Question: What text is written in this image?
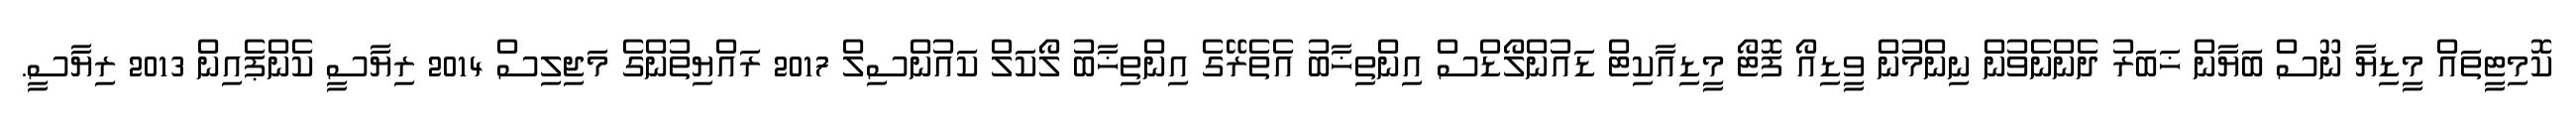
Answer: ކޮމިޓީތައް މީޑިޔާ ނޫސް ބަޔާން ޚަބަރު ދެންނެވުން ނިންމުން ވީޑިއޯ ފޮޓޯ މީޑިއާކިޓް ޑައުންލޯޑްސް އިންތިޚާބު އެތެރޭގެ އިންތިޚާބު ލޯކަލް ކައުންސިލް 2017 ރައްޔިތުންގެ މަޖިލިސް 2014 ރިޔާސީ ކެންޕެއިން 2013 ރިޔާސީ.